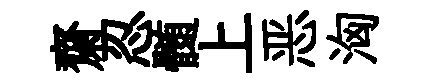
齋忍髄上恶洶